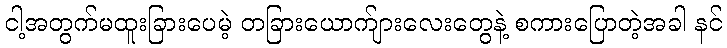
ငါ့အတွက်မထူးခြားပေမဲ့ တခြားယောက်ျားလေးတွေနဲ့ စကားပြောတဲ့အခါ နင်